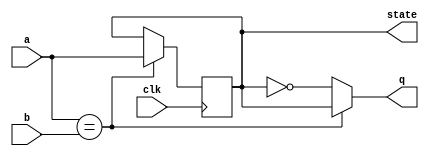
module top_module (
    input clk,
    input a,
    input b,
    output q,
    output state  );
   
    always @(posedge clk)
        state <= (a==b) ? a : state; 
    
    always@* q = (a==b) ? state : ~state;
endmodule